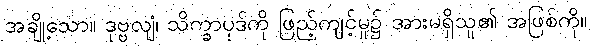
အချို့သော။ ဒုဗ္ဗလျံ၊ သိက္ခာပုဒ်ကို ဖြည့်ကျင့်မှု၌ အားမရှိသူ၏ အဖြစ်ကို။